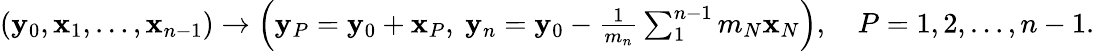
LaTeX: \begin{array}{r}{({\mathbf y}_{0},{\mathbf x}_{1},\ldots,{\mathbf x}_{n-1})\rightarrow\left({\mathbf y}_{P}={\mathbf y}_{0}+{\mathbf x}_{P},~{\mathbf y}_{n}={\mathbf y}_{0}-\frac{1}{m_{n}}\sum_{1}^{n-1}m_{N}{\mathbf x}_{N}\right),\quad P=1,2,\ldots,n-1.}\end{array}